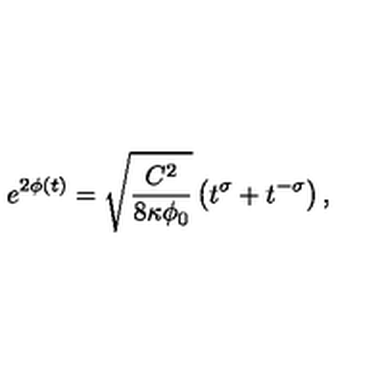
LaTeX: e ^ { 2 \phi ( t ) } = \sqrt { \frac { C ^ { 2 } } { 8 \kappa \phi _ { 0 } } } \left( t ^ { \sigma } + t ^ { - \sigma } \right) ,